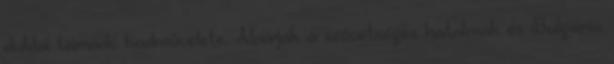
duklai támadó hadmûvelete. Aláírják a szövetséges hatalmak és Bulgária